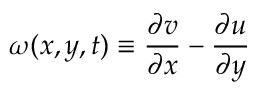
\omega ( x , y , t ) \equiv \frac { \partial v } { \partial x } - \frac { \partial u } { \partial y }